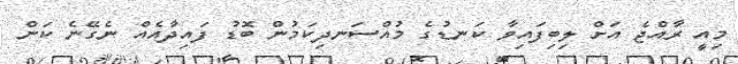
މިއީ ރާއްޖެ އަށް ލިބިފައިވާ ކަނޑުގެ މުއްސަނދިކަމުން ބޮޑު ފައިދާއެއް ނެގޭނެ ކަން